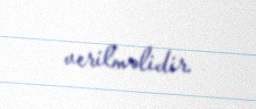
verilməlidir.